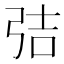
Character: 𭚬